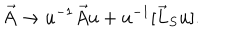
\vec { A } \rightarrow u ^ { - 1 } \vec { A } u + u ^ { - 1 } [ \vec { L } _ { S } u ] .